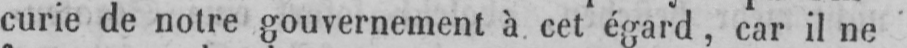
curie de notre gouvernement à cet égard, car il ne